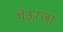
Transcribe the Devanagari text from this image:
थेऊरला